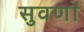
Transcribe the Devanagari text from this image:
सुवर्णां